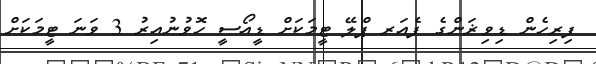
ފިރިހެން ޑިވިޜަންގެ ފެއަރ ޕްލޭ ޓީމަކަށް ޑީއޯސީ ހޮވުނުއިރު 3 ވަނަ ޓީމަކަށް